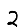
Digit: 2